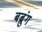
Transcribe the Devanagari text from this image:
बब्रुंग